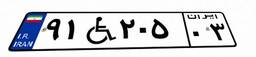
۵۹W۹۰۱۳۷